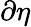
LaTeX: \partial\eta